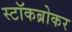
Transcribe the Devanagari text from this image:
स्टॉकब्रोकर